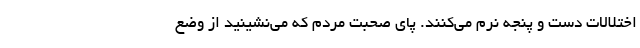
اختلالات دست و پنجه نرم می‌کنند. پای صحبت مردم که می‌نشینید از وضع